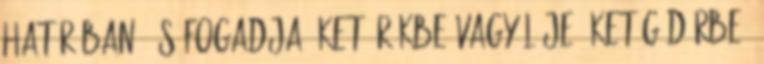
határában .és fogadja őket örökbe vagy lője Őket gödörbe.